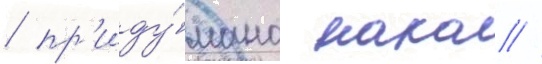
/ пр'иду́мано нако //